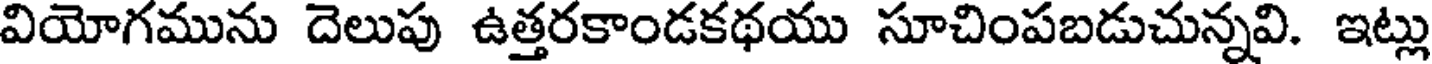
వియోగమును దెలుపు ఉత్తరకాండకథయు సూచింపబడుచున్నవి. ఇట్లు